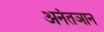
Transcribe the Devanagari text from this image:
अनंतञान